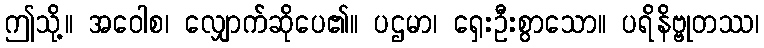
ဤသို့။ အဝေါစ၊ လျှောက်ဆိုပေ၏။ ပဌမာ၊ ရှေးဦးစွာသော။ ပရိနိဗ္ဗုတဿ၊